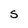
Character: S